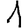
Digit: 1